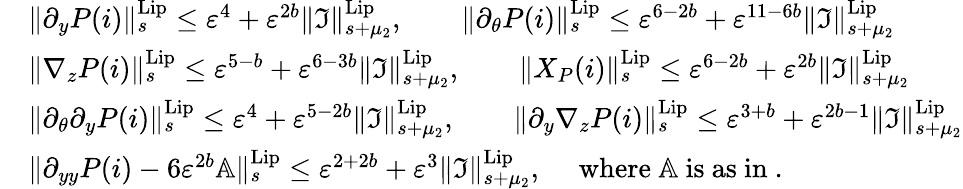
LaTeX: \begin{array}{rl}&{\rVert\partial_{y}P(i)\rVert_{s}^{\mathrm{Lip}}\le\varepsilon^{4}+\varepsilon^{2b}\rVert\mathfrak{I}\rVert_{s+\mu_{2}}^{\mathrm{Lip}},\quad\quad\rVert\partial_{\theta}P(i)\rVert_{s}^{\mathrm{Lip}}\le\varepsilon^{6-2b}+\varepsilon^{11-6b}\rVert\mathfrak{I}\rVert_{s+\mu_{2}}^{\mathrm{Lip}}}\\ &{\rVert\nabla_{z}P(i)\rVert_{s}^{\mathrm{Lip}}\le\varepsilon^{5-b}+\varepsilon^{6-3b}\rVert\mathfrak{I}\rVert_{s+\mu_{2}}^{\mathrm{Lip}},\quad\quad\rVert X_{P}(i)\rVert_{s}^{\mathrm{Lip}}\le\varepsilon^{6-2b}+\varepsilon^{2b}\rVert\mathfrak{I}\rVert_{s+\mu_{2}}^{\mathrm{Lip}}}\\ &{\rVert\partial_{\theta}\partial_{y}P(i)\rVert_{s}^{\mathrm{Lip}}\le\varepsilon^{4}+\varepsilon^{5-2b}\rVert\mathfrak{I}\rVert_{s+\mu_{2}}^{\mathrm{Lip}},\quad\quad\rVert\partial_{y}\nabla_{z}P(i)\rVert_{s}^{\mathrm{Lip}}\le\varepsilon^{3+b}+\varepsilon^{2b-1}\rVert\mathfrak{I}\rVert_{s+\mu_{2}}^{\mathrm{Lip}}}\\ &{\rVert\partial_{yy}P(i)-6\varepsilon^{2b}\mathbb{A}\rVert_{s}^{\mathrm{Lip}}\le\varepsilon^{2+2b}+\varepsilon^{3}\rVert\mathfrak{I}\rVert_{s+\mu_{2}}^{\mathrm{Lip}},\quad\mathrm{~where~\mathbb{A}~is~as~in~}.}\end{array}